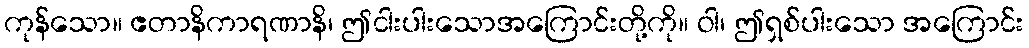
ကုန်သော။ ဧတာနိကာရဏာနိ၊ ဤငါးပါးသောအကြောင်းတို့ကို။ ဝါ၊ ဤရှစ်ပါးသော အကြောင်း